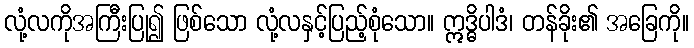
လုံ့လကိုအကြီးပြု၍ ဖြစ်သော လုံ့လနှင့်ပြည့်စုံသော။ ဣဒ္ဓိပါဒံ၊ တန်ခိုး၏ အခြေကို။